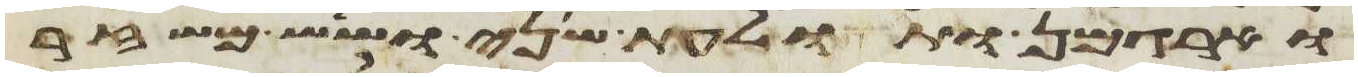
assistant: וארגמן ותולעת שני ושש משזר